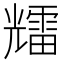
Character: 𱏰